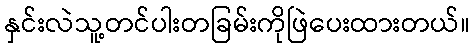
နှင်းလဲသူ့တင်ပါးတခြမ်းကိုဖြဲပေးထားတယ်။